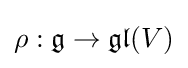
\rho :{\mathfrak {g}}\rightarrow {\mathfrak {gl}}(V)